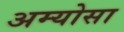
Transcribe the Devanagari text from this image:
अम्योसा